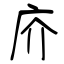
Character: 庎